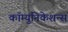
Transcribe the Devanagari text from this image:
कॉम्युनिकेशन्स